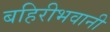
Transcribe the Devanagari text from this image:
बहिरीभवानी